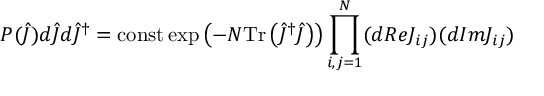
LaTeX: P ( \hat { J } ) d \hat { J } d \hat { J } ^ { \dag } = \mathrm { c o n s t } \exp \left( - N \mathrm { T r } \left( \hat { J } ^ { \dag } \hat { J } \right) \right) \prod _ { i , j = 1 } ^ { N } ( d R e J _ { i j } ) ( d I m J _ { i j } )